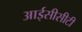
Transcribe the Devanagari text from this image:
आईसीसीटी